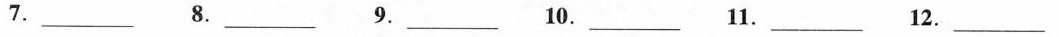
7.___ 8.___ 9.___ 10.___ 11.___ 12.___